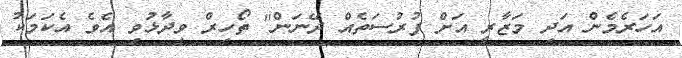
އަހަރެމެން އަދި މަޒާރީ އަށް ފުރުސަތެއް ދޭނަން" ތޯހިރް ވިދާޅުވި އެވެ އެކަމަކު